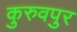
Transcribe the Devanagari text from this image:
कुरुवपुर